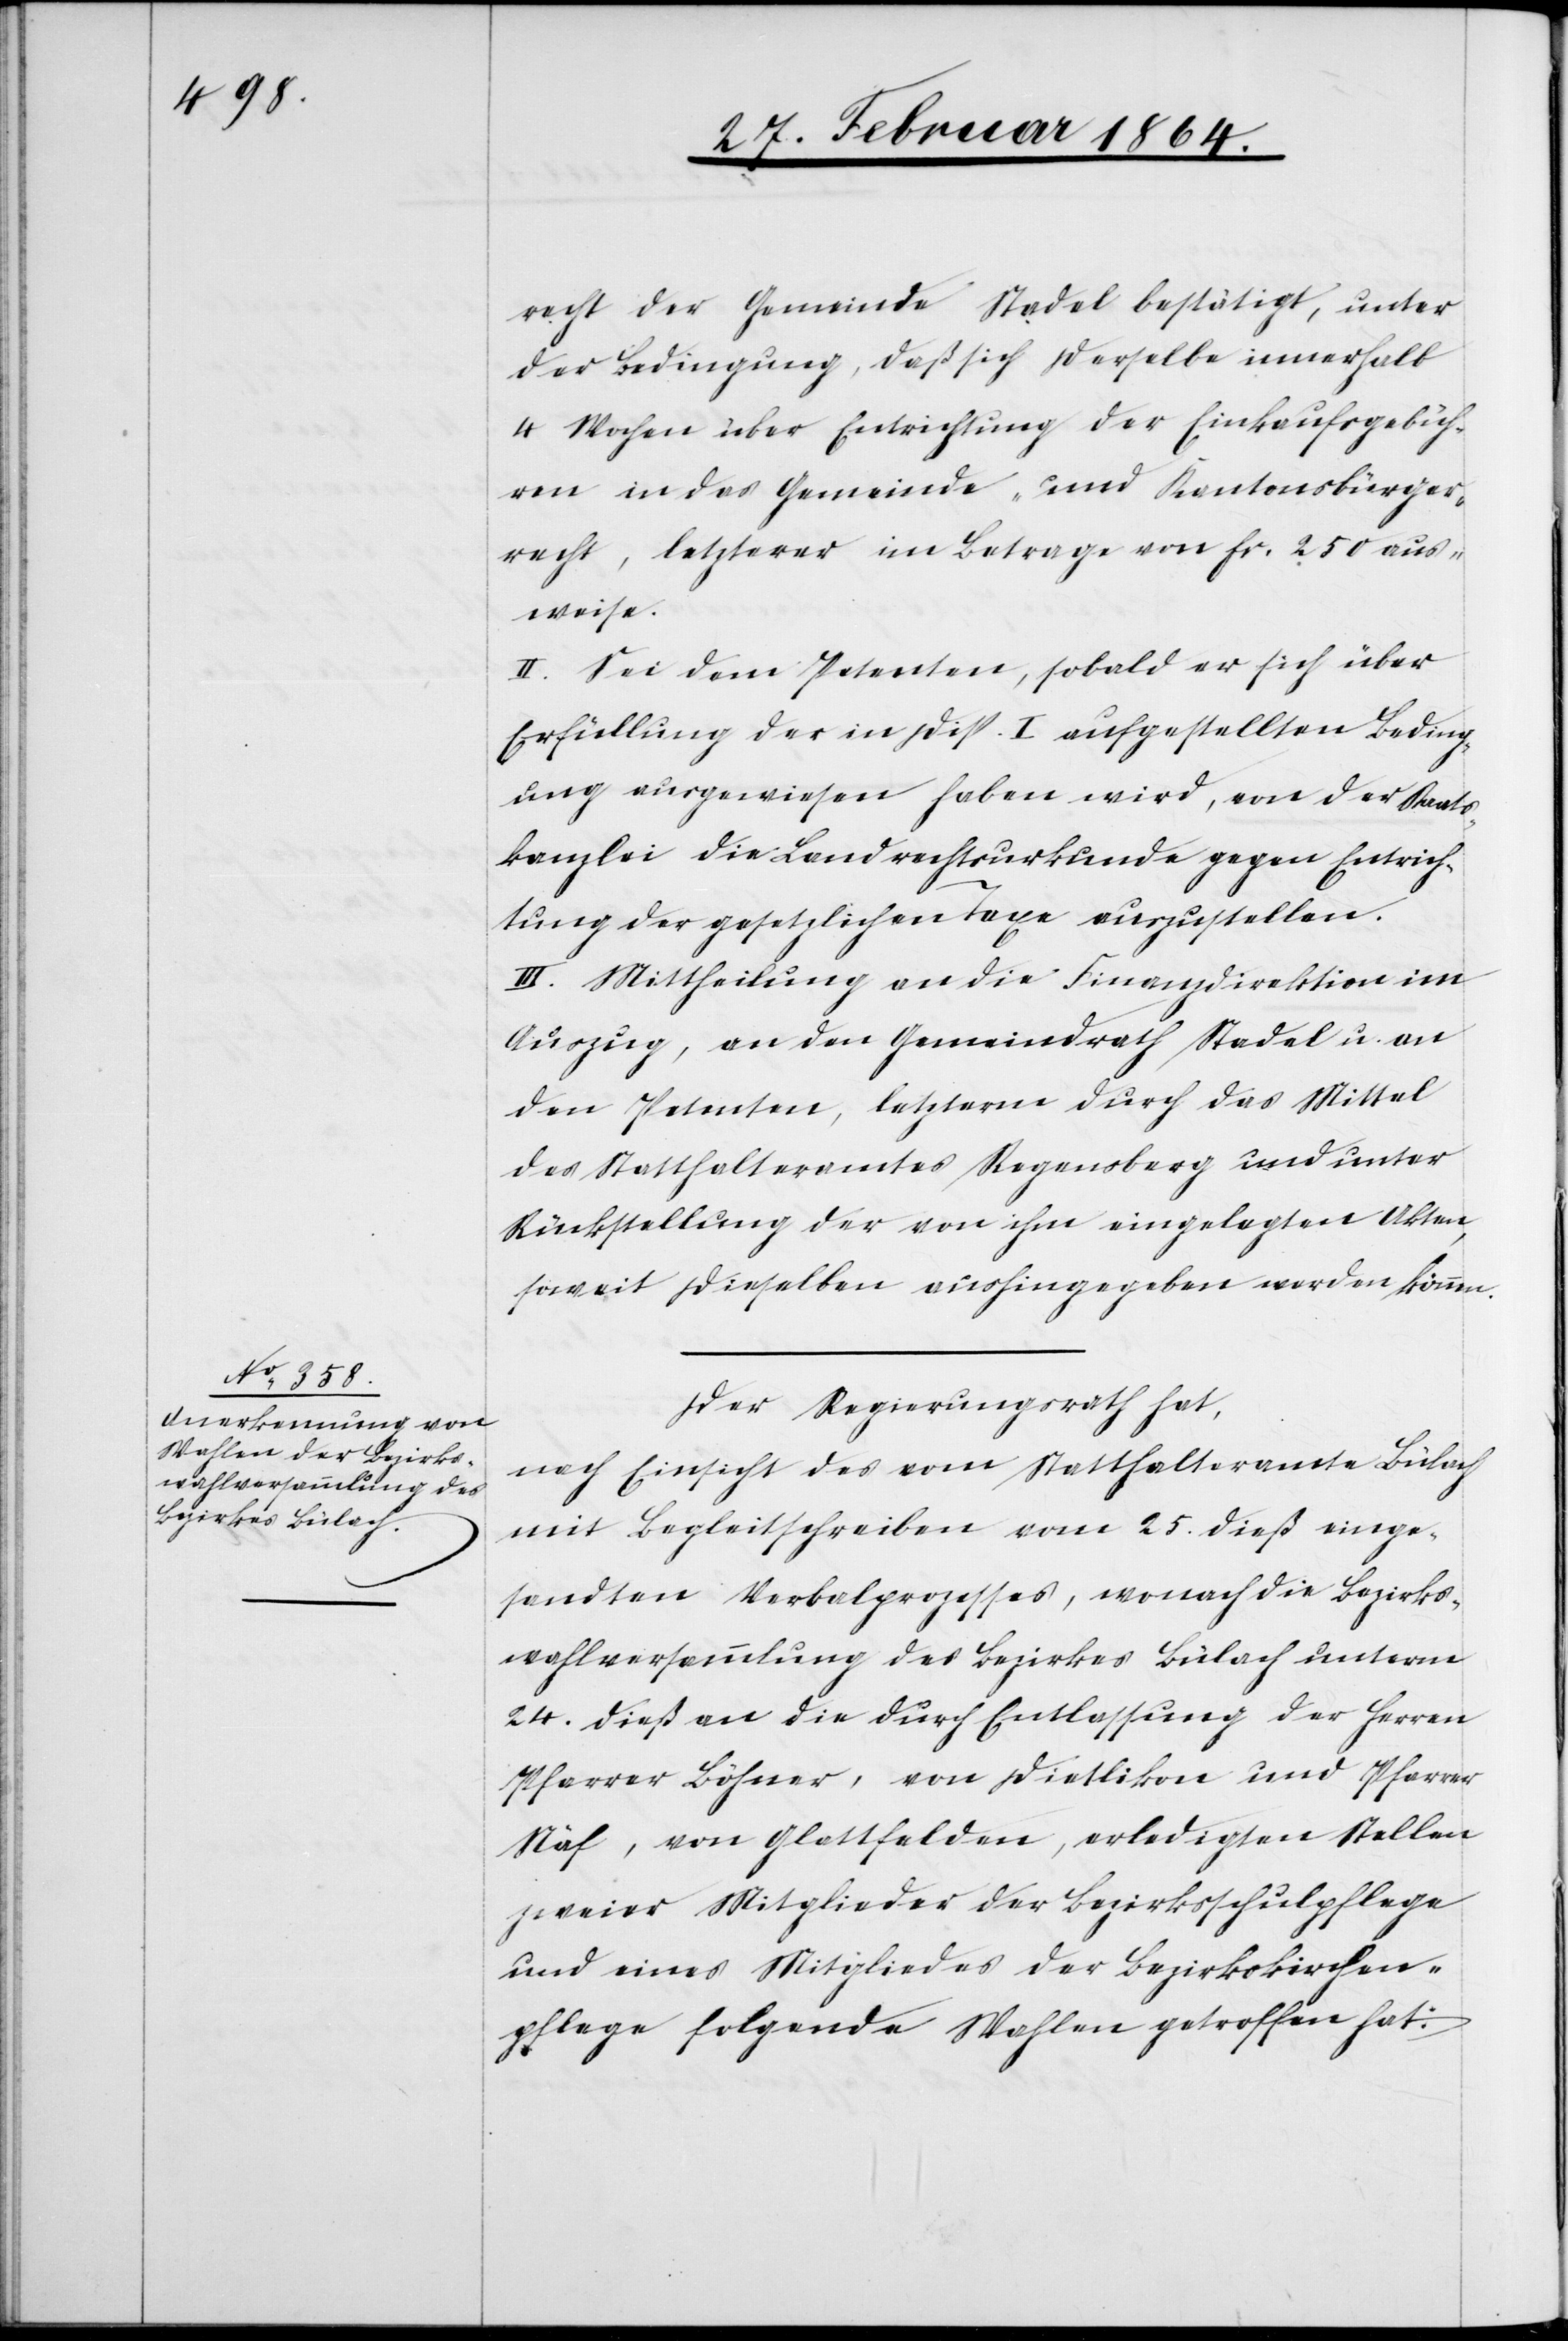
recht der Gemeinde Stadel bestätigt, unter
der Bedingung, daß sich derselbe innerhalb
4 Wochen über Entrichtung der Einkaufsgebüh¬
ren in das Gemeinde- und Kantonsbürger¬
recht, letzterer im Betrage von fr. 250 aus¬
weise.
II. Sei dem Petenten, sobald er sich über
Erfüllung der in Disp. I aufgestellten Beding¬
ung ausgewiesen haben wird, von der Staats¬
kanzlei die Landrechtsurkunde gegen Entrich¬
tung der gesetzlichen Taxe auszustellen.
III. Mittheilung an die Finanzdirektion im
Auszug, an den Gemeindrath Stadel u. an
den Petenten, letzterm durch das Mittel
des Statthalteramtes Regensberg und unter
Rückstellung der von ihm eingelegten Akten,
soweit dieselben aushingegeben werden können.
Der Regierungsrath hat,
nach Einsicht des vom Statthalteramte Bülach
mit Begleitschreiben vom 25. dieß einge¬
sandten Verbalprozesses, wonach die Bezirks¬
wahlversammlung des Bezirkes Bülach unterm
24. dieß an die durch Entlassung der Herren
Pfarrer Löhner, von Dietlikon und Pfarrer
Näf, von Glattfelden, erledigten Stellen
zweier Mitglieder der Bezirksschulpflege
und eines Mitgliedes der Bezirkskirchen¬
pflege folgende Wahlen getroffen hat: